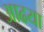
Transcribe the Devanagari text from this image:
आढया